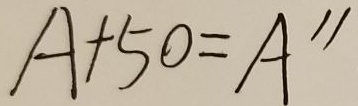
A + 5 0 = A ^ { \prime \prime }